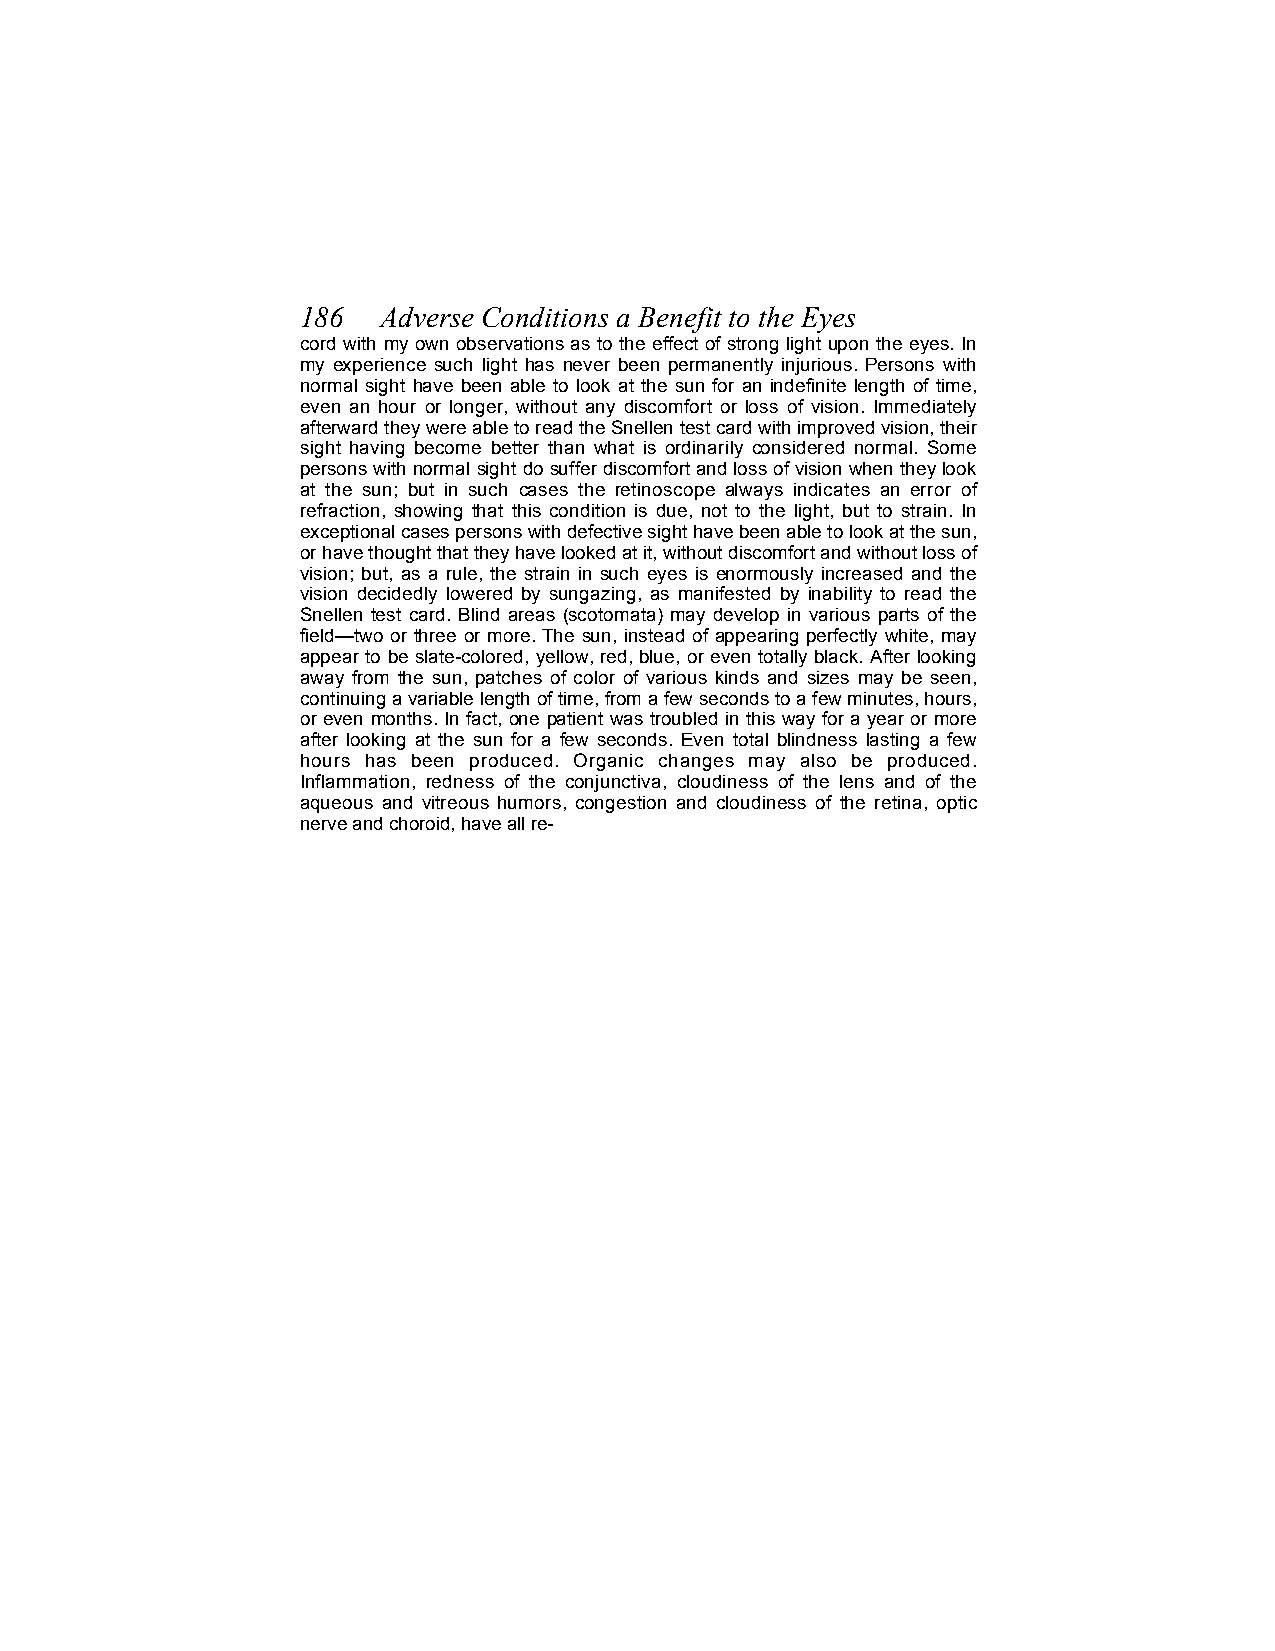
186  Adverse Conditions a Benefit to the Eyes
 cord with my own observations as to the effect of strong light upon the eyes. In
 my experience such light has never been permanently injurious. Persons with
 normal sight have been able to look at the sun for an indefinite length of time,
 even an hour or longer, without any discomfort or loss of vision. Immediately
 afterward they were able to read the Snellen test card with improved vision, their
 sight having become better than what is ordinarily considered normal. Some
 persons with normal sight do suffer discomfort and loss of vision when they look
 at the sun; but in such cases the retinoscope always indicates an error of
 refraction, showing that this condition is due, not to the light, but to strain. In
 exceptional cases persons with defective sight have been able to look at the sun,
 or have thought that they have looked at it, without discomfort and without loss of
 vision; but, as a rule, the strain in such eyes is enormously increased and the
 vision decidedly lowered by sungazing, as manifested by inability to read the
 Snellen test card. Blind areas (scotomata) may develop in various parts of the
 field—two or three or more. The sun, instead of appearing perfectly white, may
 appear to be slate-colored, yellow, red, blue, or even totally black. After looking
 away from the sun, patches of color of various kinds and sizes may be seen,
 continuing a variable length of time, from a few seconds to a few minutes, hours,
 or even months. In fact, one patient was troubled in this way for a year or more
 after looking at the sun for a few seconds. Even total blindness lasting a few
 hours has been produced. Organic changes may also be produced.
 Inflammation, redness of the conjunctiva, cloudiness of the lens and of the
 aqueous and vitreous humors, congestion and cloudiness of the retina, optic
 nerve and choroid, have all re-